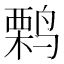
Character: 𫛽